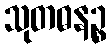
သုတဓနဉ္စ